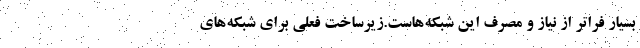
بسیار فراتر از نیاز و مصرف این شبکه‌هاست.زیرساخت فعلی برای شبکه‌های